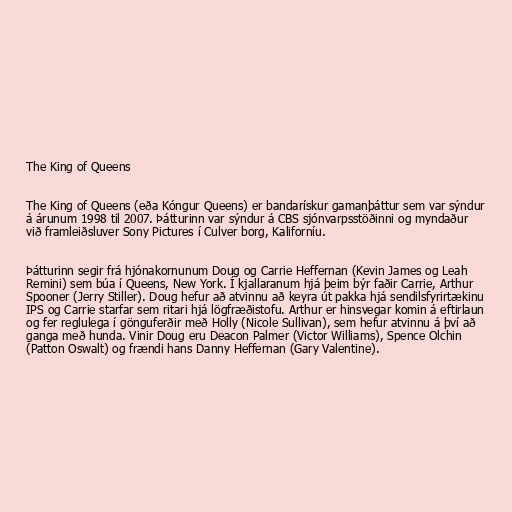
The King of Queens

The King of Queens (eða Kóngur Queens) er bandarískur gamanþáttur sem var sýndur
á árunum 1998 til 2007. Þátturinn var sýndur á CBS sjónvarpsstöðinni og myndaður
við framleiðsluver Sony Pictures í Culver borg, Kaliforníu.

Þátturinn segir frá hjónakornunum Doug og Carrie Heffernan (Kevin James og Leah
Remini) sem búa í Queens, New York. Í kjallaranum hjá þeim býr faðir Carrie, Arthur
Spooner (Jerry Stiller). Doug hefur að atvinnu að keyra út pakka hjá sendilsfyrirtækinu
IPS og Carrie starfar sem ritari hjá lögfræðistofu. Arthur er hinsvegar komin á eftirlaun
og fer reglulega í gönguferðir með Holly (Nicole Sullivan), sem hefur atvinnu á því að
ganga með hunda. Vinir Doug eru Deacon Palmer (Victor Williams), Spence Olchin
(Patton Oswalt) og frændi hans Danny Heffernan (Gary Valentine).